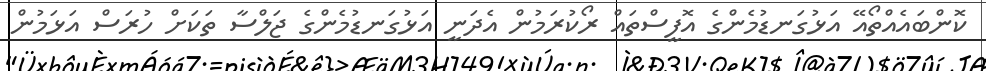
ކޮންބައެއްތޯއޭ އަޅުގަނޑުމެންގެ އޮފީސްތައް ރޯކުރަމުން އެދަނީ އަޅުގަނޑުމެންގެ ޖަލްސާ ތަކަށް ހުރަސް އަޅަމުން